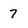
Character: 7